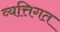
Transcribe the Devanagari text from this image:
व्यत्तिगत